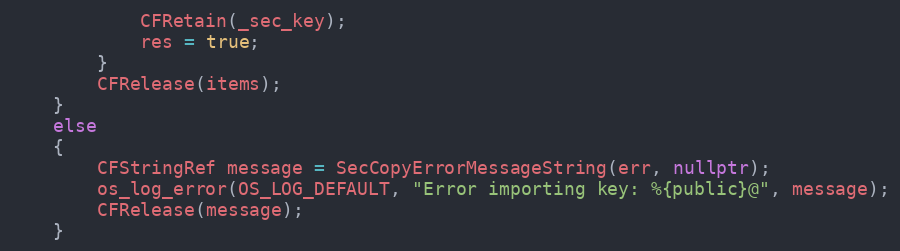
Language: C++
			CFRetain(_sec_key);
			res = true;
		}
		CFRelease(items);
	}
	else
	{
		CFStringRef message = SecCopyErrorMessageString(err, nullptr);
		os_log_error(OS_LOG_DEFAULT, "Error importing key: %{public}@", message);
		CFRelease(message);
	}